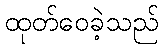
ထုတ်ဝေခဲ့သည်